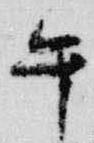
午